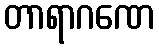
တာရာဂဏေ